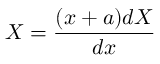
X = { \frac { ( x + a ) d X } { d x } }